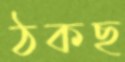
ঠকছ